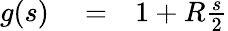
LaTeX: \begin{array}{rlr}{g(s)}&{{}=}&{1+R\frac{s}{2}}\end{array}